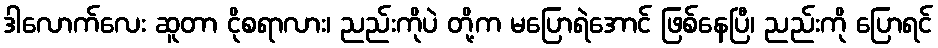
ဒါလောက်လေး ဆူတာ ငိုစရာလား၊ ညည်းကိုပဲ တို့က မပြောရဲအောင် ဖြစ်နေပြီ၊ ညည်းကို ပြောရင်